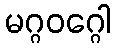
မဂ္ဂဝဂ္ဂေါ